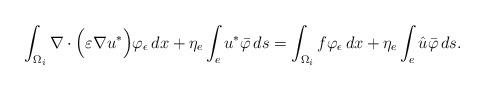
LaTeX: \begin{align*}\int_{\Omega_i} \nabla \cdot \Big( \varepsilon \nabla u^* \Big) \varphi_\epsilon\, dx+\eta_{e} \int_e u^* \bar{\varphi}\, ds =\int_{\Omega_i} f \varphi_\epsilon\, dx+\eta_{e} \int_e \hat{u} \bar{\varphi}\, ds.\end{align*}